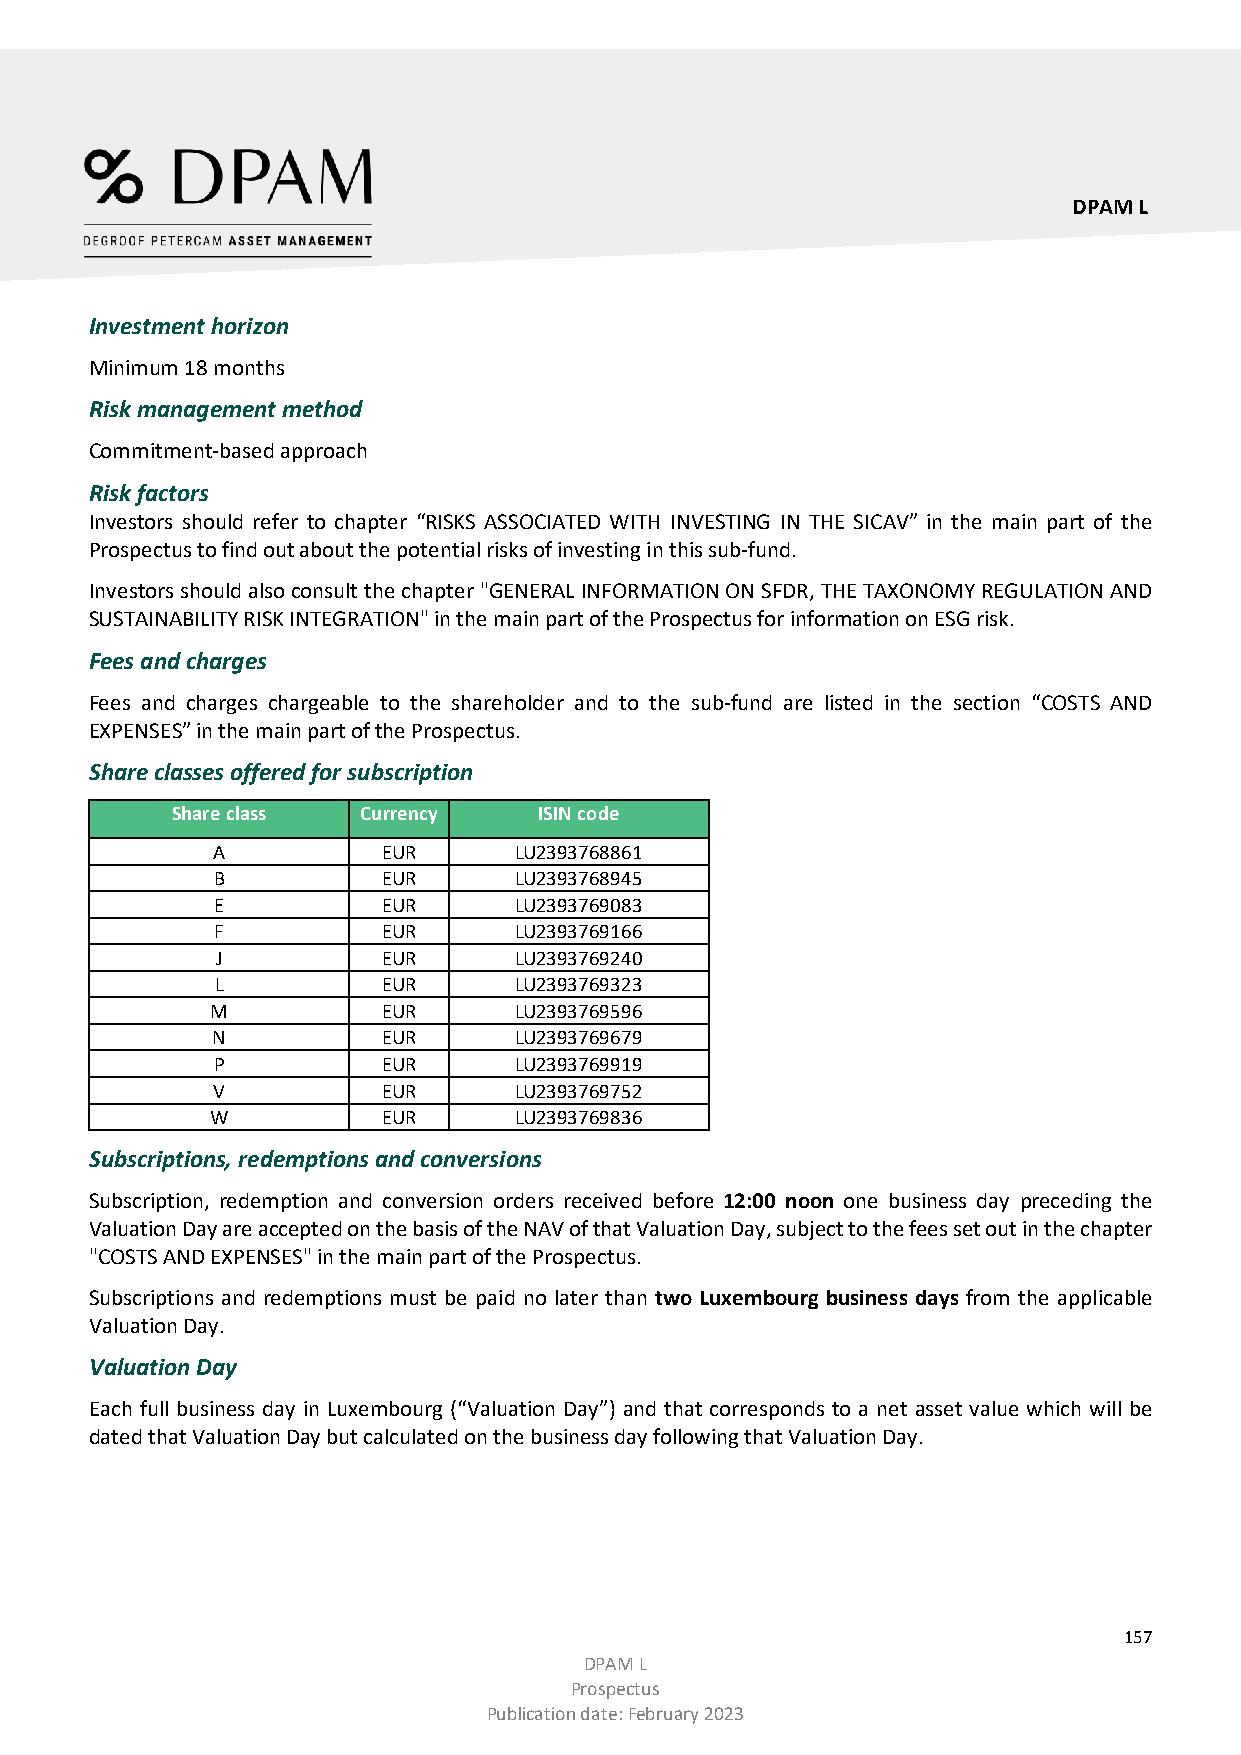
DPAM L
 Investment horizon
 Minimum 18 months
 Risk management method
 Commitment-based approach
 Risk factors
 Investors should refer to chapter “RISKS ASSOCIATED WITH INVESTING IN THE SICAV” in the main part of the
 Prospectus to find out about the potential risks of investing in this sub-fund.
 Investors should also consult the chapter "GENERAL INFORMATION ON SFDR, THE TAXONOMY REGULATION AND
 SUSTAINABILITY RISK INTEGRATION" in the main part of the Prospectus for information on ESG risk.
 Fees and charges
 Fees and charges chargeable to the shareholder and to the sub-fund are listed in the section “COSTS AND
 EXPENSES” in the main part of the Prospectus.
 Share classes offered for subscription
 Share class  Currency    ISIN code
 A          EUR      LU2393768861
 B          EUR      LU2393768945
 E          EUR      LU2393769083
 F          EUR      LU2393769166
 J          EUR      LU2393769240
 L          EUR      LU2393769323
 M          EUR      LU2393769596
 N          EUR      LU2393769679
 P          EUR      LU2393769919
 V          EUR      LU2393769752
 W          EUR      LU2393769836
 Subscriptions, redemptions and conversions
 Subscription, redemption and conversion orders received before 12:00 noon one business day preceding the
 Valuation Day are accepted on the basis of the NAV of that Valuation Day, subject to the fees set out in the chapter
 "COSTS AND EXPENSES" in the main part of the Prospectus.
 Subscriptions and redemptions must be paid no later than two Luxembourg business days from the applicable
 Valuation Day.
 Valuation Day
 Each full business day in Luxembourg (“Valuation Day”) and that corresponds to a net asset value which will be
 dated that Valuation Day but calculated on the business day following that Valuation Day.
 157
 DPAM L
 Prospectus
 Publication date: February 2023